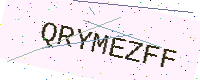
Text: QRYMEZFF